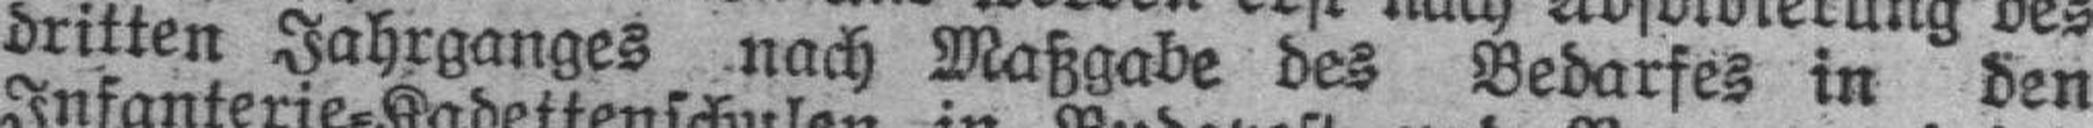
dritten Jahrganges nach Maßgabe des Bedarfes in den